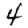
Digit: 4